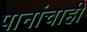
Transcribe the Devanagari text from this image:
पानांचाही